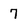
Character: 7